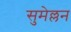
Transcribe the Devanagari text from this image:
सुमेल्लन